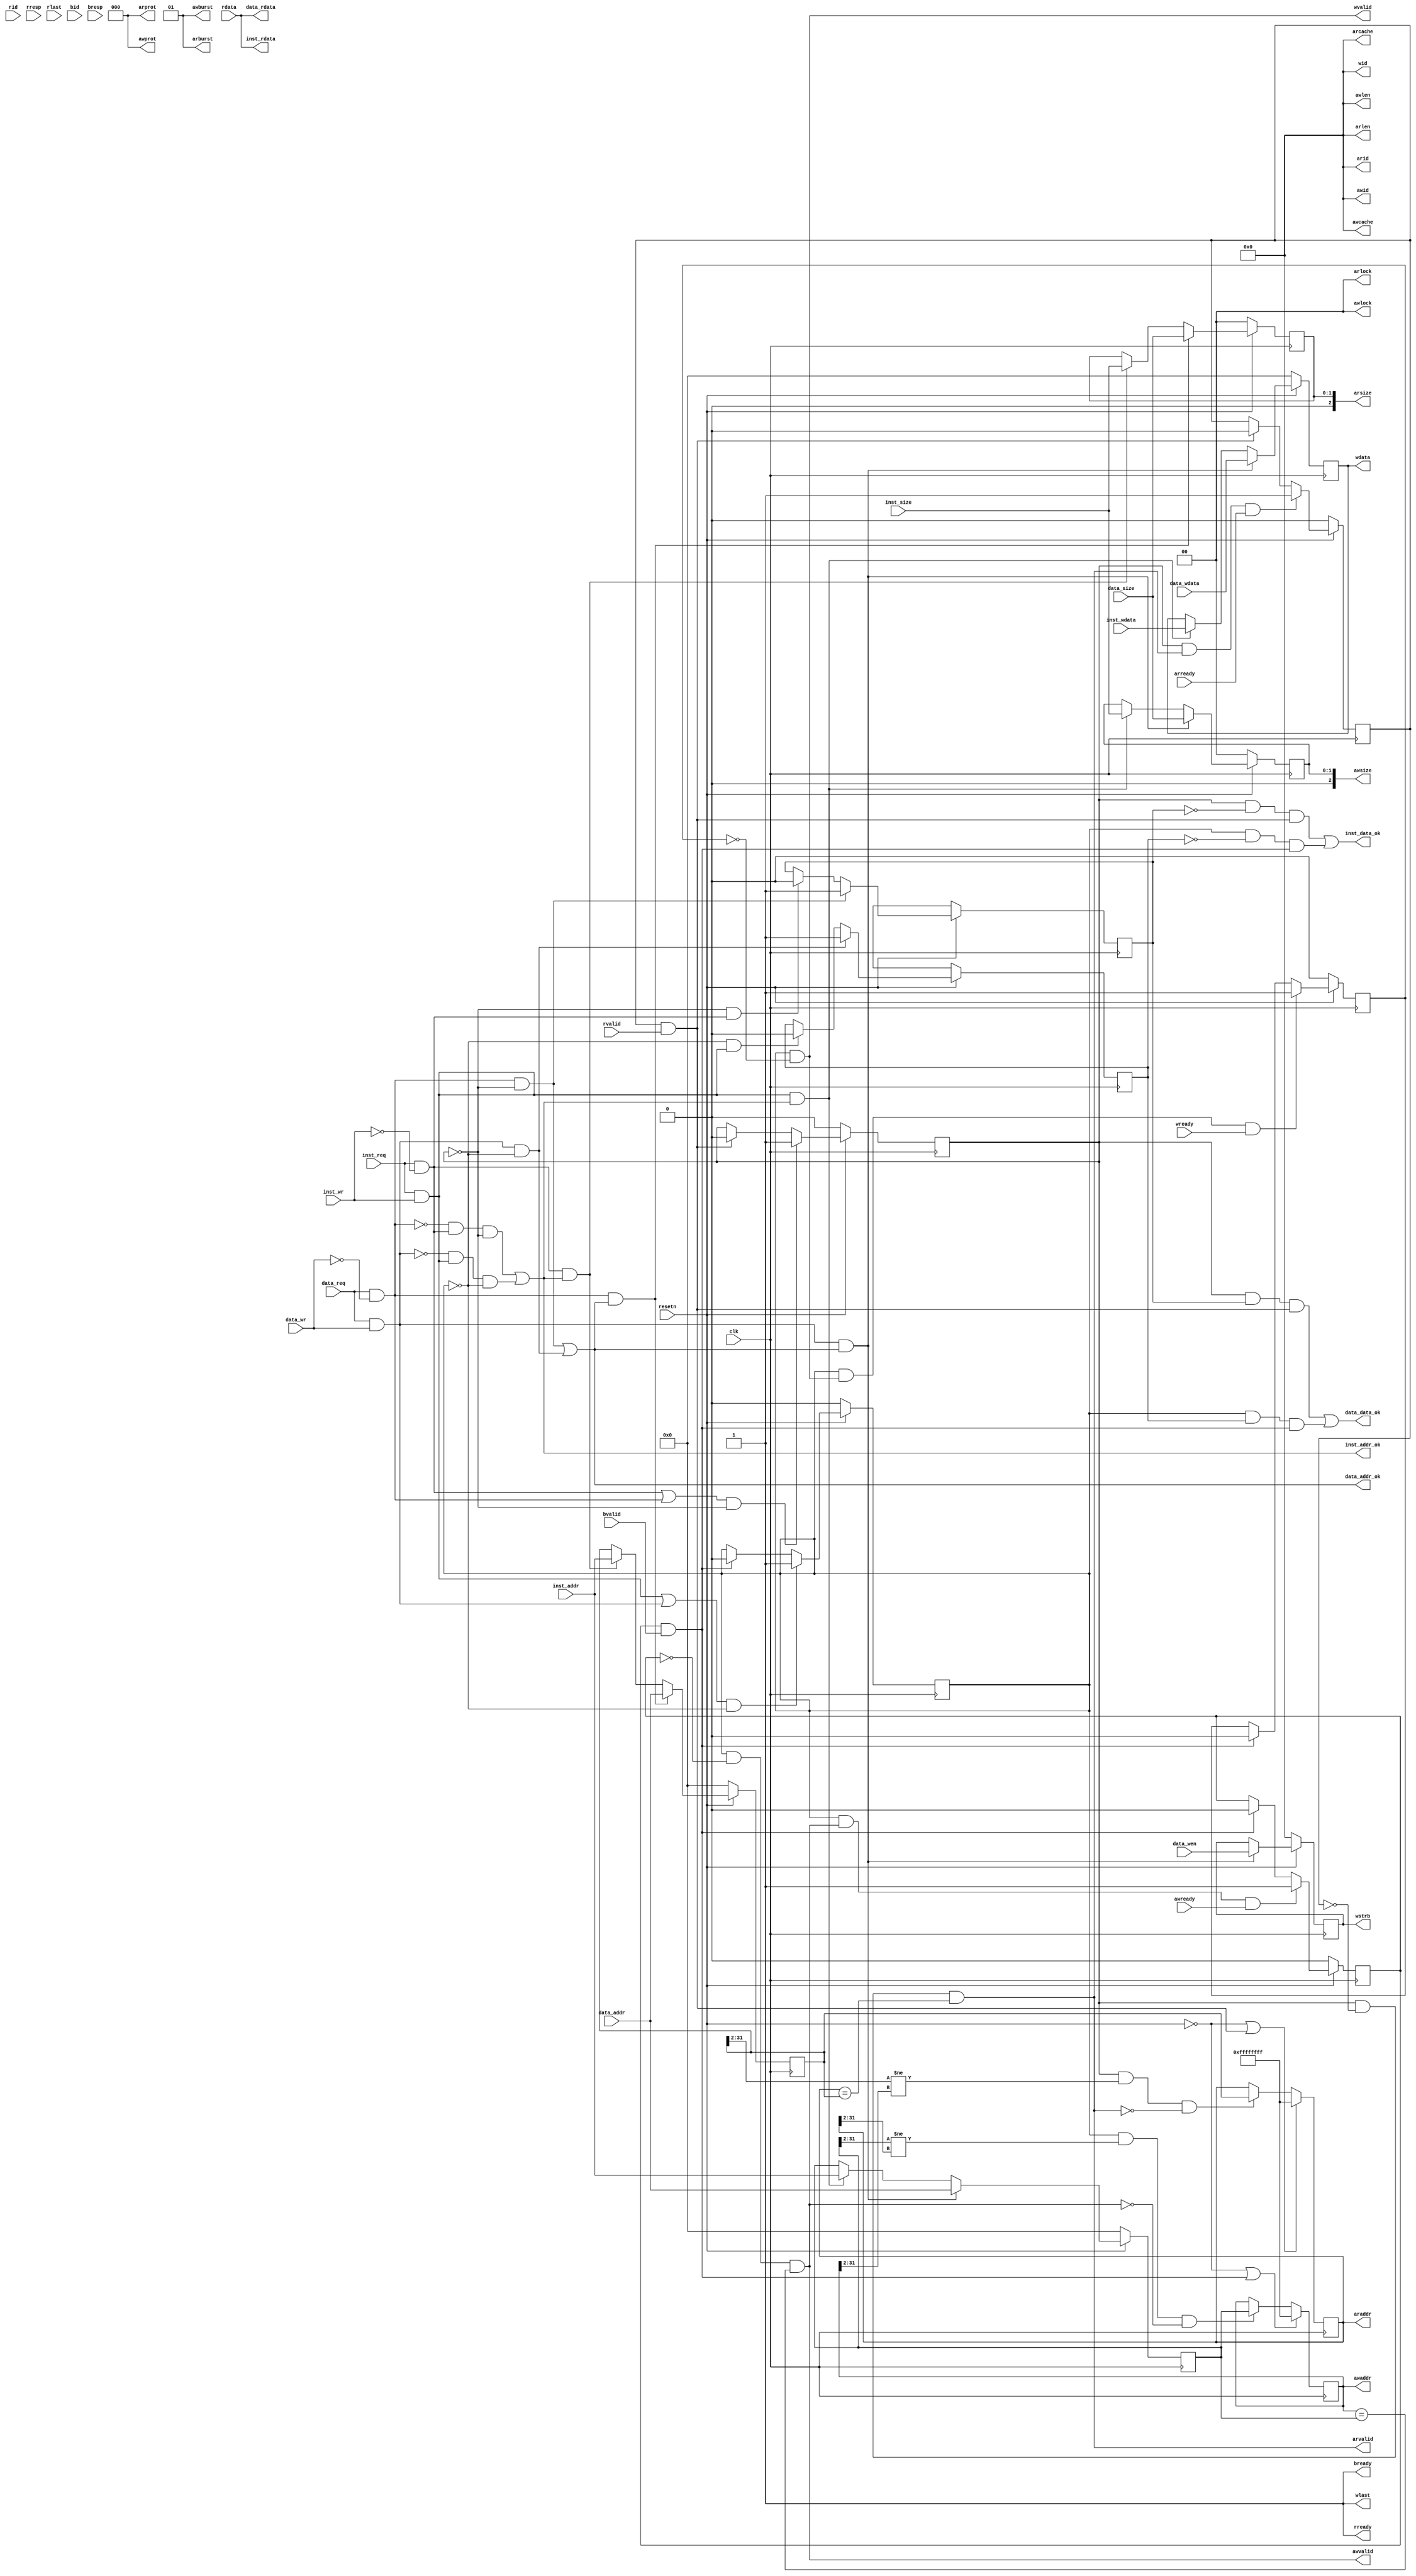
module axi_interface (
    input              clk,
    input              resetn,

    //inst sram-like 
    input              inst_req,
    input              inst_wr,
    input  wire [1:0]  inst_size,

    input  wire [31:0] inst_addr,
    input  wire [31:0] inst_wdata,
    output wire [31:0] inst_rdata,
    output             inst_addr_ok,
    output             inst_data_ok,
    
    //data sram-like 
    input              data_req,      //
    input              data_wr,       //? 1/0
    input  wire [1:0]  data_size,     //
    input  wire [3:0]  data_wen,      //?
    input  wire [31:0] data_addr,
    input  wire [31:0] data_wdata,
    output wire [31:0] data_rdata,
    output             data_addr_ok,
    output             data_data_ok,

    //axi
    //ar
    output wire [3:0]  arid,
    output wire [31:0] araddr,
    output wire [3:0]  arlen,
    output wire [2:0]  arsize,
    output wire [1:0]  arburst,
    output wire [1:0]  arlock,
    output wire [3:0]  arcache,
    output wire [2:0]  arprot,
    output             arvalid,
    input              arready,
    //r              
    input  wire [3:0]  rid,
    input  wire [31:0] rdata,
    input  wire [1:0]  rresp,
    input              rlast,
    input              rvalid,
    output             rready,
    //aw           
    output wire [3:0]  awid,
    output wire [31:0] awaddr,
    output wire [3:0]  awlen,
    output wire [2:0]  awsize,
    output wire [1:0]  awburst,
    output wire [1:0]  awlock,
    output wire [3:0]  awcache,
    output wire [2:0]  awprot,
    output             awvalid,
    input              awready,
    //w          
    output wire [3:0]  wid,
    output wire [31:0] wdata,
    output wire [3:0]  wstrb,
    output             wlast,
    output             wvalid,
    input              wready,
    //b              
    input  wire [3:0]  bid,
    input  wire [1:0]  bresp,
    input              bvalid,
    output             bready
);
//addr
// reg do_req;
// reg do_req_or; //req is inst or data;1:data,0:inst
// reg        do_wr_r;
// reg [1 :0] do_size_r;
// reg [31:0] do_addr_r;
// reg [31:0] do_wdata_r;
// wire data_back;

// assign inst_addr_ok = !do_req&&!data_req;
// assign data_addr_ok = !do_req;
// always @(posedge clk)
// begin
//     do_req     <= !resetn                       ? 1'b0 : 
//                   (inst_req||data_req)&&!do_req ? 1'b1 :
//                   data_back                     ? 1'b0 : do_req;
//     do_req_or  <= !resetn ? 1'b0 : 
//                   !do_req ? data_req : do_req_or;

//     do_wr_r    <= data_req&&data_addr_ok ? data_wr :
//                   inst_req&&inst_addr_ok ? inst_wr : do_wr_r;
//     do_size_r  <= data_req&&data_addr_ok ? data_size :
//                   inst_req&&inst_addr_ok ? inst_size : do_size_r;
//     do_addr_r  <= data_req&&data_addr_ok ? data_addr :
//                   inst_req&&inst_addr_ok ? inst_addr : do_addr_r;
//     do_wdata_r <= data_req&&data_addr_ok ? data_wdata :
//                   inst_req&&inst_addr_ok ? inst_wdata :do_wdata_r;
// end

// //inst sram-like
// assign inst_data_ok = do_req&&!do_req_or&&data_back;
// assign data_data_ok = do_req&& do_req_or&&data_back;
// assign inst_rdata   = rdata;
// assign data_rdata   = rdata;

// //---axi
// reg addr_rcv;
// reg wdata_rcv;

// assign data_back = addr_rcv && (rvalid&&rready||bvalid&&bready);
// always @(posedge clk)
// begin
//     addr_rcv  <= !resetn          ? 1'b0 :
//                  arvalid&&arready ? 1'b1 :
//                  awvalid&&awready ? 1'b1 :
//                  data_back        ? 1'b0 : addr_rcv;
//     wdata_rcv <= !resetn        ? 1'b0 :
//                  wvalid&&wready ? 1'b1 :
//                  data_back      ? 1'b0 : wdata_rcv;
// end
// //ar
// assign arid    = 4'd0;
// assign araddr  = do_addr_r;
// assign arlen   = 8'd0;
// assign arsize  = do_size_r;
// assign arburst = 2'd0;
// assign arlock  = 2'd0;
// assign arcache = 4'd0;
// assign arprot  = 3'd0;
// assign arvalid = do_req&&!do_wr_r&&!addr_rcv;
// //r
// assign rready  = 1'b1;

// //aw
// assign awid    = 4'd0;
// assign awaddr  = do_addr_r;
// assign awlen   = 8'd0;
// assign awsize  = do_size_r;
// assign awburst = 2'd0;
// assign awlock  = 2'd0;
// assign awcache = 4'd0;
// assign awprot  = 3'd0;
// assign awvalid = do_req&&do_wr_r&&!addr_rcv;
// //w
// assign wid    = 4'd0;
// assign wdata  = do_wdata_r;
// assign wstrb  = do_size_r==2'd0 ? 4'b0001<<do_addr_r[1:0] :
//                 do_size_r==2'd1 ? 4'b0011<<do_addr_r[1:0] : 4'b1111;
// assign wlast  = 1'd1;
// assign wvalid = do_req&&do_wr_r&&!wdata_rcv;
// //b
// assign bready  = 1'b1;

// endmodule



    wire inst_r;
    wire inst_w;
    wire data_r;
    wire data_w;
    reg  read_req;
    reg  write_req;
    reg  read_dori;
    reg  write_dori;
    reg  [1:0]  read_size;
    reg  [1:0]  write_size;
    reg  [3:0]  write_wen;
    reg  [31:0] read_addr_temp;
    reg  [31:0] write_addr_temp;
    reg  [31:0] read_addr;
    reg  [31:0] write_addr;
    reg  [31:0] write_data;
    reg  read_addr_finish;
    reg  write_addr_finish;
    reg  write_data_finish;
    
    reg  read_addr_valid;
    reg  write_addr_valid;
    wire read_addr_go;
    wire write_addr_go;
    
    wire read_finish;
    wire write_finish;
    
    assign read_addr_go = read_addr_temp[31:2] != write_addr[31:2];
    assign write_addr_go = write_addr_temp[31:2] != read_addr[31:2];
    
    assign inst_r = inst_req && !inst_wr;
    assign inst_w = inst_req && inst_wr;
    assign data_r = data_req && !data_wr;
    assign data_w = data_req && data_wr;
    
    always @(posedge clk)
    begin
        read_req   <= (!resetn) ? 1'b0 :
                      ((inst_r || data_r)&&!read_req) ? 1'b1 :
                      (read_finish) ? 1'b0 : 
                      read_req;
        write_req  <= (!resetn) ? 1'b0 :
                      ((inst_w || data_w)&&!write_req) ? 1'b1 :
                      (write_finish) ? 1'b0 : 
                      write_req;
        read_dori  <= (!resetn) ? 1'bX :
                      (!read_req && data_r) ? 1'b1 :
                      (!read_req && inst_r) ? 1'b0 :
                      read_dori;
        write_dori <= (!resetn) ? 1'bX :
                      (!write_req && data_w) ? 1'b1 :
                      (!write_req && inst_w) ? 1'b0 :
                      write_dori;
        read_size  <= (!resetn) ? 2'b00 :
                      (data_r && data_addr_ok) ? data_size :
                      (inst_r && inst_addr_ok) ? inst_size :
                      read_size;
        write_size <= (!resetn) ? 2'b00 :
                      (data_w && data_addr_ok) ? data_size :
                      (inst_w && inst_addr_ok) ? inst_size :
                      write_size;
        write_wen  <= (!resetn) ? 4'b0000 :
                      (data_w && data_addr_ok) ? data_wen :
                      write_wen;
        read_addr_temp  <= (!resetn) ? 32'd0 :
                      (data_r && data_addr_ok) ? data_addr :
                      (inst_r && inst_addr_ok) ? inst_addr :
                      read_addr_temp;
        write_addr_temp <= (!resetn) ? 32'd0 :
                      (data_w && data_addr_ok) ? data_addr :
                      (inst_w && inst_addr_ok) ? inst_addr :
                      write_addr_temp;
        write_data <= (!resetn) ? 32'd0 :
                      (data_w && data_addr_ok) ? data_wdata :
                      (inst_w && inst_addr_ok) ? inst_wdata :
                      write_data;
        read_addr <= (!resetn || read_finish) ? 32'hffffffff : 
                     (read_req && read_addr_go && !arvalid) ? read_addr_temp :
                     read_addr;
        write_addr <= (!resetn || write_finish) ? 32'hffffffff : 
                      (write_req && write_addr_go && !awvalid) ? write_addr_temp :                     
                      write_addr;
        read_addr_valid <= (!resetn) ? 1'b0 :
                           (read_finish) ? 1'b0 :
                           (read_addr_go && !arvalid) ? 1'b1 :
                           read_addr_valid;
        write_addr_valid <= (!resetn) ? 1'b0 :
                            (write_finish) ? 1'b0 :
                            (!write_addr_go && !awvalid) ? 1'b1 :
                            write_addr_valid;
    end
    
    assign data_addr_ok = data_r && !read_req || data_w && !write_req;

    assign inst_addr_ok = !data_r && inst_r && !read_req || !data_w && inst_w && !write_req;
    
    
    always @(posedge clk)
    begin
        read_addr_finish  <= (!resetn) ? 1'b0 :
                             (read_req && arvalid && arready) ? 1'b1 :
                             (read_finish) ? 1'b0 :
                             read_addr_finish;
        write_addr_finish <= (!resetn) ? 1'b0 :
                             (write_req && awvalid && awready) ? 1'b1 :
                             (write_finish) ? 1'b0 :
                             write_addr_finish;
        write_data_finish <= (!resetn) ? 1'b0 :
                             (write_req && wvalid && wready) ? 1'b1 :
                             (write_finish) ? 1'b0 :
                             write_data_finish;
    end
    
    assign data_data_ok = read_req && read_dori && read_finish || write_req && write_dori && write_finish;
    assign inst_data_ok = read_req && !read_dori && read_finish || write_req && !write_dori && write_finish;
    assign read_finish = read_addr_finish && rvalid && rready;
    assign write_finish = write_addr_finish && bvalid && bready;
    assign data_rdata = rdata;
    assign inst_rdata = rdata;
    
        
    
    assign arid = 4'b0;
    assign araddr = read_addr;
    assign arlen = 4'b0;
    assign arsize = read_size;
    assign arburst = 2'b01;
    assign arlock = 2'b0;
    assign arcache = 4'b0;
    assign arprot = 3'b0;
    assign arvalid = read_req && !read_addr_finish && read_addr == read_addr_temp;

    assign rready = 1'b1;
    
    assign awid = 4'b0;
    assign awaddr = write_addr;
    assign awlen = 4'b0;
    assign awsize = write_size;
    assign awburst = 2'b01;
    assign awlock = 2'b0;
    assign awcache = 4'b0;
    assign awprot = 3'b0;
    assign awvalid = write_req && !write_addr_finish && write_addr == write_addr_temp;

    assign wid = 4'b0;
    assign wdata = write_data;
    /*assign wstrb = (write_size == 2'b00) ? (
                        (write_addr[1:0] == 2'b00) ? 4'b0001 :
                        (write_addr[1:0] == 2'b01) ? 4'b0010 :
                        (write_addr[1:0] == 2'b10) ? 4'b0100 :
                        4'b1000
                    ) :
                   (write_size == 2'b01) ? (
                        (write_addr[1:0] == 2'b00) ? 4'b0011 :
                        4'b1100
                    ) :
                    4'b1111;
    */
    assign wstrb = write_wen;
    assign wlast = 1'b1;
    assign wvalid = write_req && !write_data_finish;

    assign bready = 1'b1;
    
endmodule